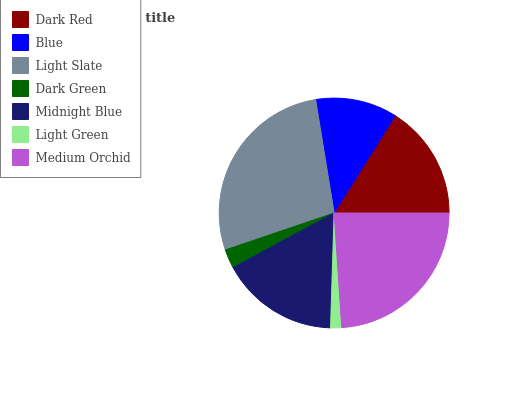
| Dark Red | Blue | Light Slate | Dark Green | Midnight Blue | Light Green | Medium Orchid |
 | --- | --- | --- | --- | --- | --- | --- |
 | 16.1% | 11.5% | 27.7% | 2.68% | 16.6% | 1.55% | 23.9% |